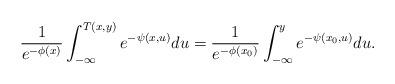
LaTeX: \begin{align*} \frac{1}{e^{-\phi(x)}}\int_{-\infty}^{T(x,y)} e^{-\psi(x,u)} du = \frac{1}{e^{-\phi(x_0)}} \int_{-\infty}^y e^{-\psi(x_0,u)} du.\end{align*}